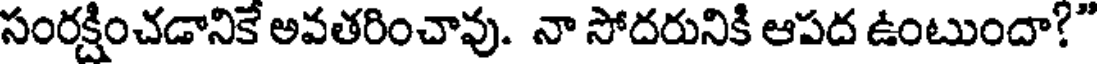
సంరక్షించడానికే అవతరించావు. నా సోదరునికి ఆపద ఉంటుందా?"